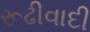
રૂઢીવાદી